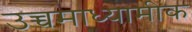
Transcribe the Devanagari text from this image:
उच्चमाध्यामीक